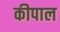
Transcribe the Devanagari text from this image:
कीपाल